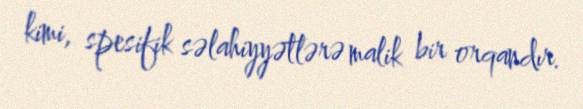
kimi, spesifik səlahiyyətlərə malik bir orqandır.